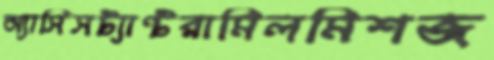
অ্যাসিসট্যান্টরামিলমিশজ